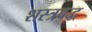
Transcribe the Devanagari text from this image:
शस्त्रबद्ध